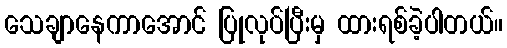
သေချာနေကာအောင် ပြုလုပ်ပြီးမှ ထားရစ်ခဲ့ပါတယ်။